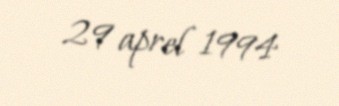
29 aprel 1994